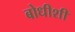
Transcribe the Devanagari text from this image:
बोधीशी